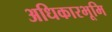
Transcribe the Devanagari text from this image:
अधिकारभूमि